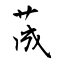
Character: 荿